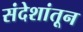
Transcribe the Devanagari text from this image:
संदेशांतून